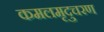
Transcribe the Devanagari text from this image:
कमलमृदुचरण